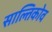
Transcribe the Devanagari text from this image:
साल्तिकोव